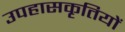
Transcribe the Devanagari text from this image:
उपहासकृतियों